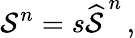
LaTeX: \mathcal{S}^{n}=s\widehat{\mathcal{S}\, }^{n}\, ,